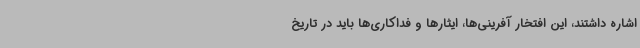
اشاره داشتند، این افتخار آفرینی‌ها، ایثارها و فداکاری‌ها باید در تاریخ